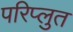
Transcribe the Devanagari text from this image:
परिप्लुत